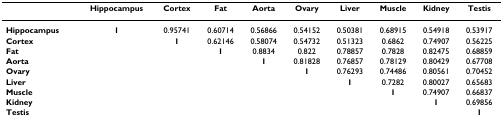
|  | Hippocampus | Cortex | Fat | Aorta | Ovary | Liver | Muscle | Kidney | Testis |
 | --- | --- | --- | --- | --- | --- | --- | --- | --- | --- |
 | Hippocampus | 1 | 0.95741 | 0.60714 | 0.56866 | 0.54152 | 0.50381 | 0.68915 | 0.54918 | 0.53917 |
 | Cortex |  | 1 | 0.62146 | 0.58074 | 0.54732 | 0.51323 | 0.6862 | 0.74907 | 0.56225 |
 | Fat |  |  | 1 | 0.8834 | 0.822 | 0.78857 | 0.7828 | 0.82475 | 0.68859 |
 | Aorta |  |  |  | 1 | 0.81828 | 0.76857 | 0.78129 | 0.80429 | 0.67708 |
 | Ovary |  |  |  |  | 1 | 0.76293 | 0.74486 | 0.80561 | 0.70452 |
 | Liver |  |  |  |  |  | 1 | 0.7282 | 0.80027 | 0.65683 |
 | Muscle |  |  |  |  |  |  | 1 | 0.74907 | 0.66837 |
 | Kidney |  |  |  |  |  |  |  | 1 | 0.69856 |
 | Testis |  |  |  |  |  |  |  |  | 1 |